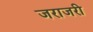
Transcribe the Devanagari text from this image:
जराजरी